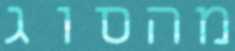
מהסוג